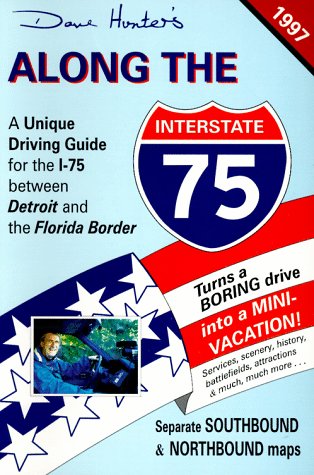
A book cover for Along the I-75 1997 : A Unique Driving Guide for the Interstate-75 Between Detroit and the Florida Border; Dave Hunter; Travel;